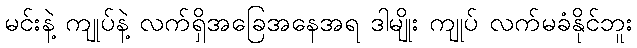
မင်းနဲ့ ကျုပ်နဲ့ လက်ရှိအခြေအနေအရ ဒါမျိုး ကျုပ် လက်မခံနိုင်ဘူး